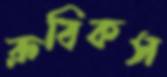
রুবিকস